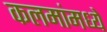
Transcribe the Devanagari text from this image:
कलमांमध्ये